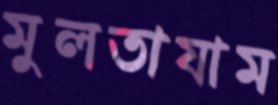
মুলতাযাম